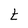
Character: t